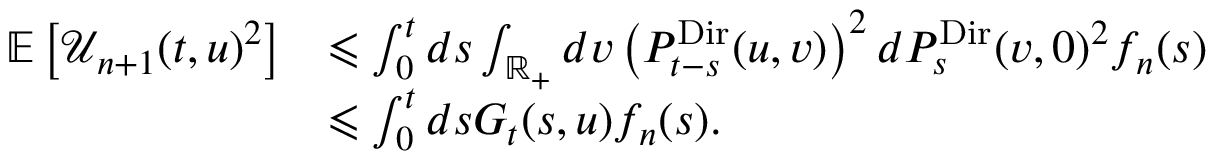
\begin{array} { r l } { \mathbb E \left[ \mathcal { U } _ { n + 1 } ( t , u ) ^ { 2 } \right] } & { \leqslant \int _ { 0 } ^ { t } d s \int _ { \mathbb R _ { + } } d v \left( P _ { t - s } ^ { \mathrm { D i r } } ( u , v ) \right) ^ { 2 } d P _ { s } ^ { \mathrm { D i r } } ( v , 0 ) ^ { 2 } f _ { n } ( s ) } \\ & { \leqslant \int _ { 0 } ^ { t } d s G _ { t } ( s , u ) f _ { n } ( s ) . } \end{array}